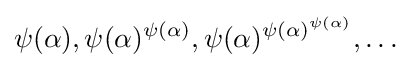
\psi (\alpha ),\psi (\alpha )^{\psi (\alpha )},\psi (\alpha )^{\psi (\alpha )^{\psi (\alpha )}},\ldots